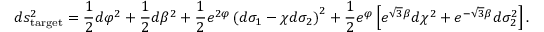
d s _ { \mathrm { t a r g e t } } ^ { 2 } = \frac { 1 } { 2 } d \varphi ^ { 2 } + \frac { 1 } { 2 } d \beta ^ { 2 } + \frac { 1 } { 2 } e ^ { 2 \varphi } \left( d \sigma _ { 1 } - \chi d \sigma _ { 2 } \right) ^ { 2 } + \frac { 1 } { 2 } e ^ { \varphi } \left[ e ^ { \sqrt { 3 } \beta } d \chi ^ { 2 } + e ^ { - \sqrt { 3 } \beta } d \sigma _ { 2 } ^ { 2 } \right] .